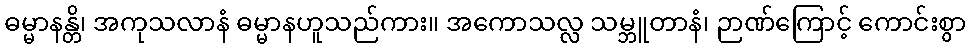
ဓမ္မာနန္တိ၊ အကုသလာနံ ဓမ္မာနဟူသည်ကား။ အကောသလ္လ သမ္ဘူတာနံ၊ ဉာဏ်ကြောင့် ကောင်းစွာ